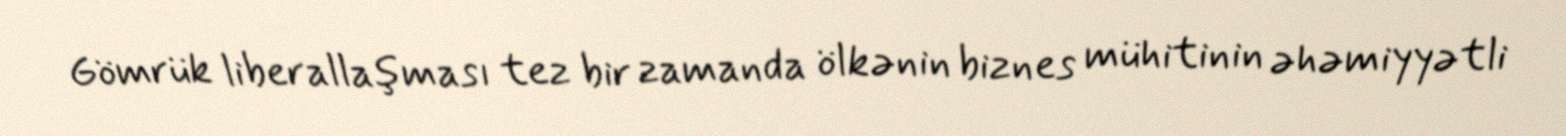
Gömrük liberallaşması tez bir zamanda ölkənin biznes mühitinin əhəmiyyətli